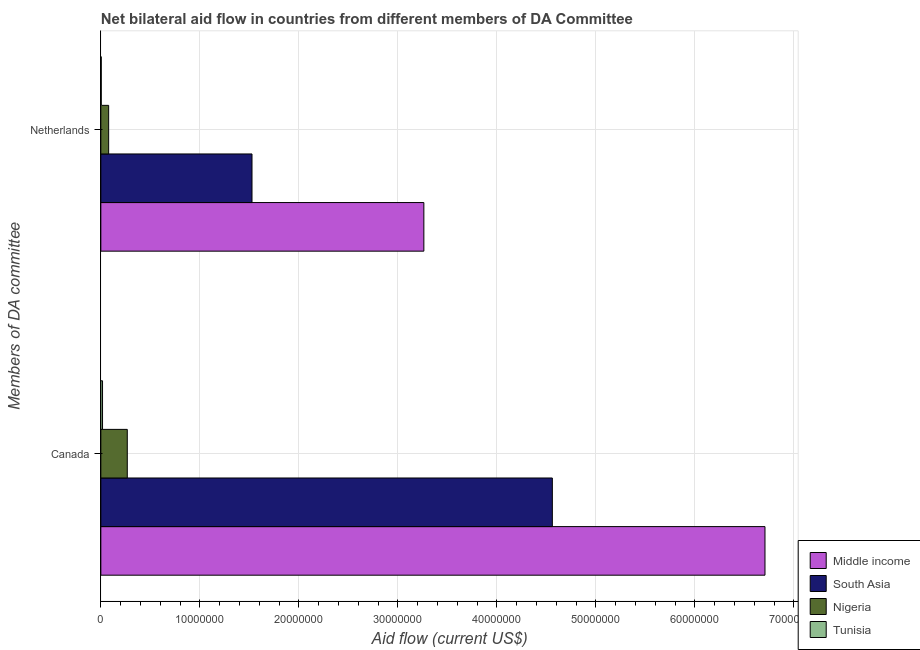
| Members of DA committee | Middle income | South Asia | Nigeria | Tunisia |
 | --- | --- | --- | --- | --- |
 | Canada | 6.71e+07 | 4.56e+07 | 2.67e+06 | 1.7e+05 |
 | Netherlands | 3.26e+07 | 1.53e+07 | 7.9e+05 | 4e+04 |